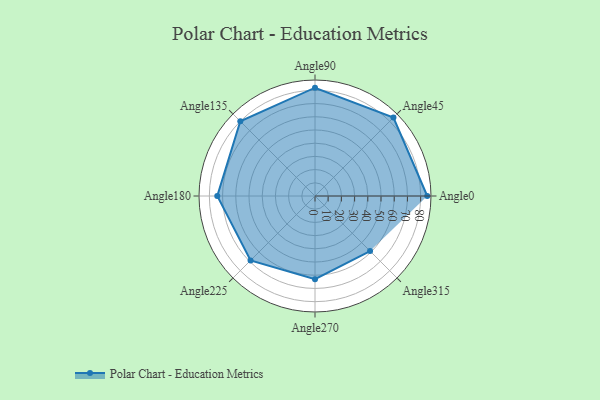
{"axis": {"x": "Angle", "y": "Radius"}, "legend": [""], "data": [{"x": "Angle0", "y": 85.0, "type": ""}, {"x": "Angle45", "y": 84.0, "type": ""}, {"x": "Angle90", "y": 82.0, "type": ""}, {"x": "Angle135", "y": 80.0, "type": ""}, {"x": "Angle180", "y": 74.0, "type": ""}, {"x": "Angle225", "y": 69.0, "type": ""}, {"x": "Angle270", "y": 63.0, "type": ""}, {"x": "Angle315", "y": 59.0, "type": ""}]}